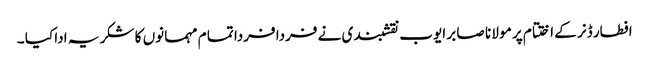
افطار ڈنر کے اختتام پر مو لا نا صا بر ایوب نقشبندی نے فردا فردا تما م مہما نوں کا شکر یہ ادا کیا ۔